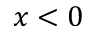
x < 0